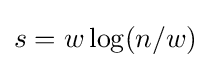
s=w\log(n/w)